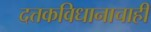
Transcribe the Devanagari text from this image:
दत्तकविधानाचाही